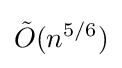
{\tilde {O}}(n^{5/6})